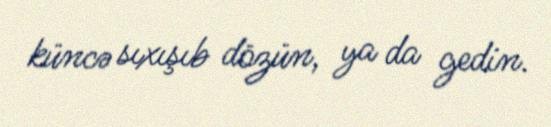
küncə sıxışıb dözün, ya da gedin.